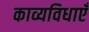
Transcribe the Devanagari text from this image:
काव्यविधाएँ